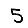
Digit: 5